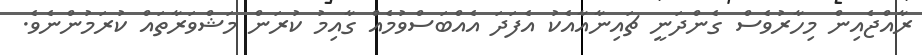
ރާއްޖެއިން މިހާރުވެސް ގެންދަނީ ޗައިނާއާއެކު އެފަދަ އެއްބަސްވުމެއް ގާއިމު ކުރަން މަޝްވަރާތައް ކުރަމުންނެވެ.